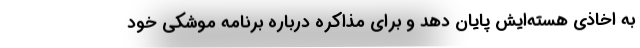
به اخاذی هسته‌ایش پایان دهد و برای مذاکره درباره برنامه موشکی خود